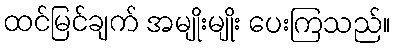
ထင်မြင်ချက် အမျိုးမျိုး ပေးကြသည်။